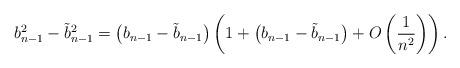
LaTeX: \begin{align*}b_{n-1}^2 - \tilde{b}_{n-1}^2 = \big(b_{n-1} - \tilde{b}_{n-1}\big) \left(1 + \big(b_{n-1} - \tilde{b}_{n-1}\big) + O\left(\frac{1}{n^2}\right)\right).\end{align*}